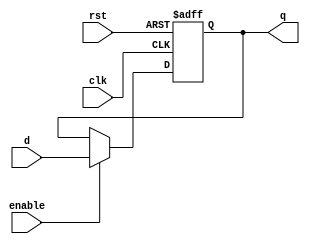
module register #(
    parameter bus_width=1
) (
    input  wire [bus_width-1:0] d,
    input  wire                 clk,rst,enable,
    output reg  [bus_width-1:0] q
);

always @(posedge clk or negedge rst) begin
    if (!rst) begin
        q<=0;
    end
    else if(enable==1) begin
        q<=d;
    end
    else begin
        q<=q;
    end

end

    
endmodule